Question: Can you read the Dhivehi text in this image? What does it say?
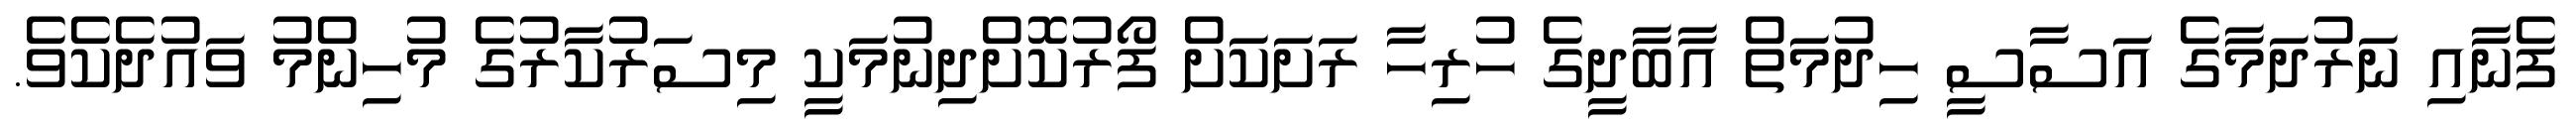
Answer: ފެނާއި ނަރުދަމާގެ އަސާސީ ހިދުމަތް އާބާދީގެ ހުރިހާ ރަށަކަށް ފޯރުކޮށްދިނުމަކީ މިސަރުކާރުގެ މުހިންމު ވައުދެކެވެ.